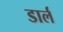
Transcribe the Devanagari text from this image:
डार्ल